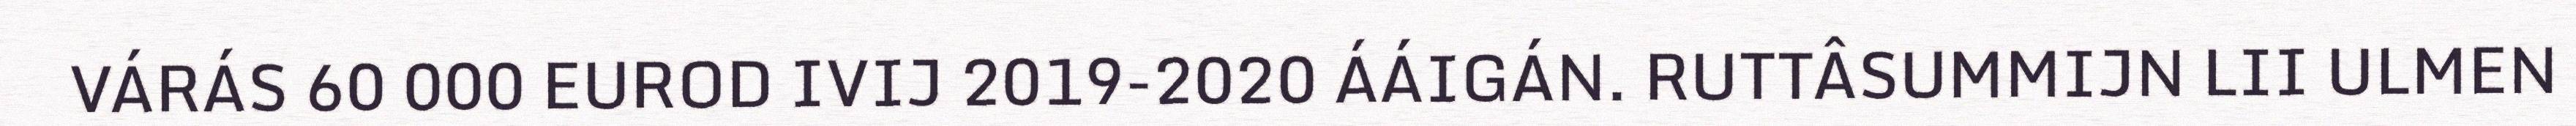
VÁRÁS 60 000 EUROD IVIJ 2019-2020 ÁÁIGÁN. RUTTÂSUMMIJN LII ULMEN